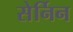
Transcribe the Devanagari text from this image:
सेर्निन